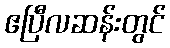
ဧပြီလဆန်းတွင်